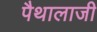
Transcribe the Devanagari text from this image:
पैथालाजी